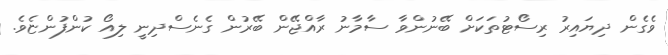
ވެގެން ދިިޔައިރު ރިސޯޓުތަކަށް ބޭނުންވާ ސާމާނު ރާއްޖޭން ބޭރުން ގެނެސްދިނީ ލިއޯ ކުންފުންޏެވެ.